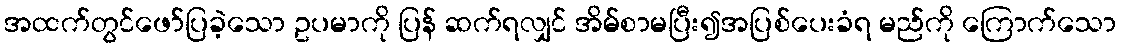
အထက်တွင်ဖော်ပြခဲ့သော ဥပမာကို ပြန် ဆက်ရလျှင် အိမ်စာမပြီး၍အပြစ်ပေးခံရ မည်ကို ကြောက်သော